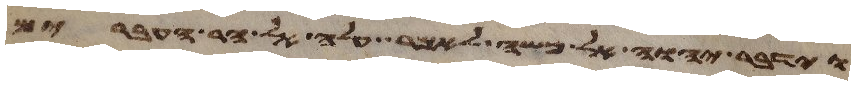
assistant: וידבר יהוה אל משה לאמר עלה אל הר העברים